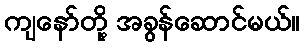
ကျနော်တို့ အခွန်ဆောင်မယ်။